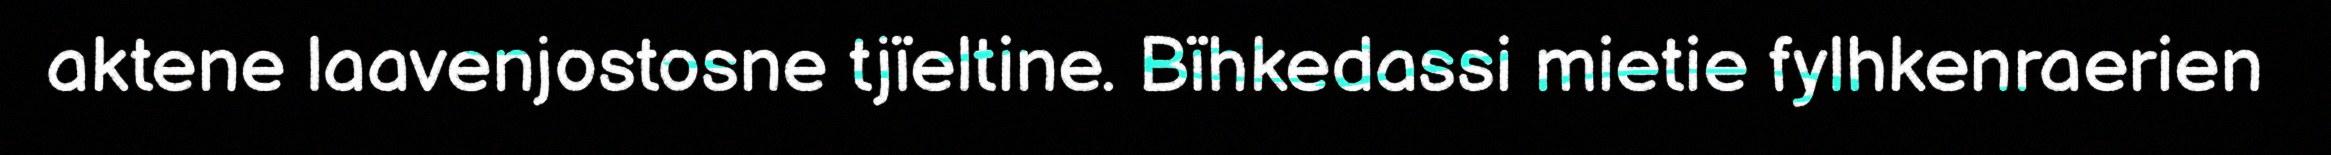
aktene laavenjostosne tjïeltine. Bïhkedassi mietie fylhkenraerien